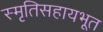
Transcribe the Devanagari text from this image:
स्मृतिसहायभूत